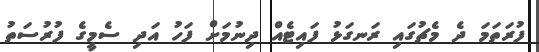
ފުރަތަމަ ދެ މެޗުގައި ރަނގަޅު ފައިޓެއް ދިނުމަށް ފަހު އަދި ސެމީގެ ފުރުސަތު